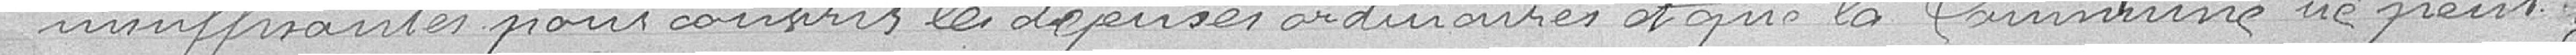
insuffisantes pour couvrir les dépenses ordinaires et que la commune ne peut y